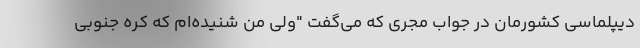
دیپلماسی کشورمان در جواب مجری که می‌گفت "ولی من شنیده‌ام که کره جنوبی